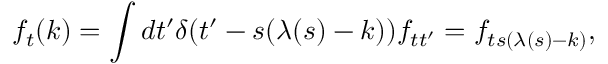
f _ { t } ( k ) = \int d t ^ { \prime } \delta ( t ^ { \prime } - s ( \lambda ( s ) - k ) ) f _ { t t ^ { \prime } } = f _ { t s ( \lambda ( s ) - k ) } ,